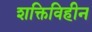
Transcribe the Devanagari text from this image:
शक्तिविहीन